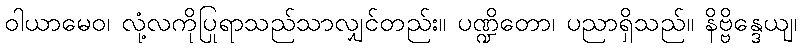
ဝါယာမေဝ၊ လုံ့လကိုပြုရာသည်သာလျှင်တည်း။ ပဏ္ဍိတော၊ ပညာရှိသည်။ နိဗ္ဗိန္ဒေယျ၊